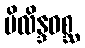
ပိလိန္ဒဝစ္ဆ